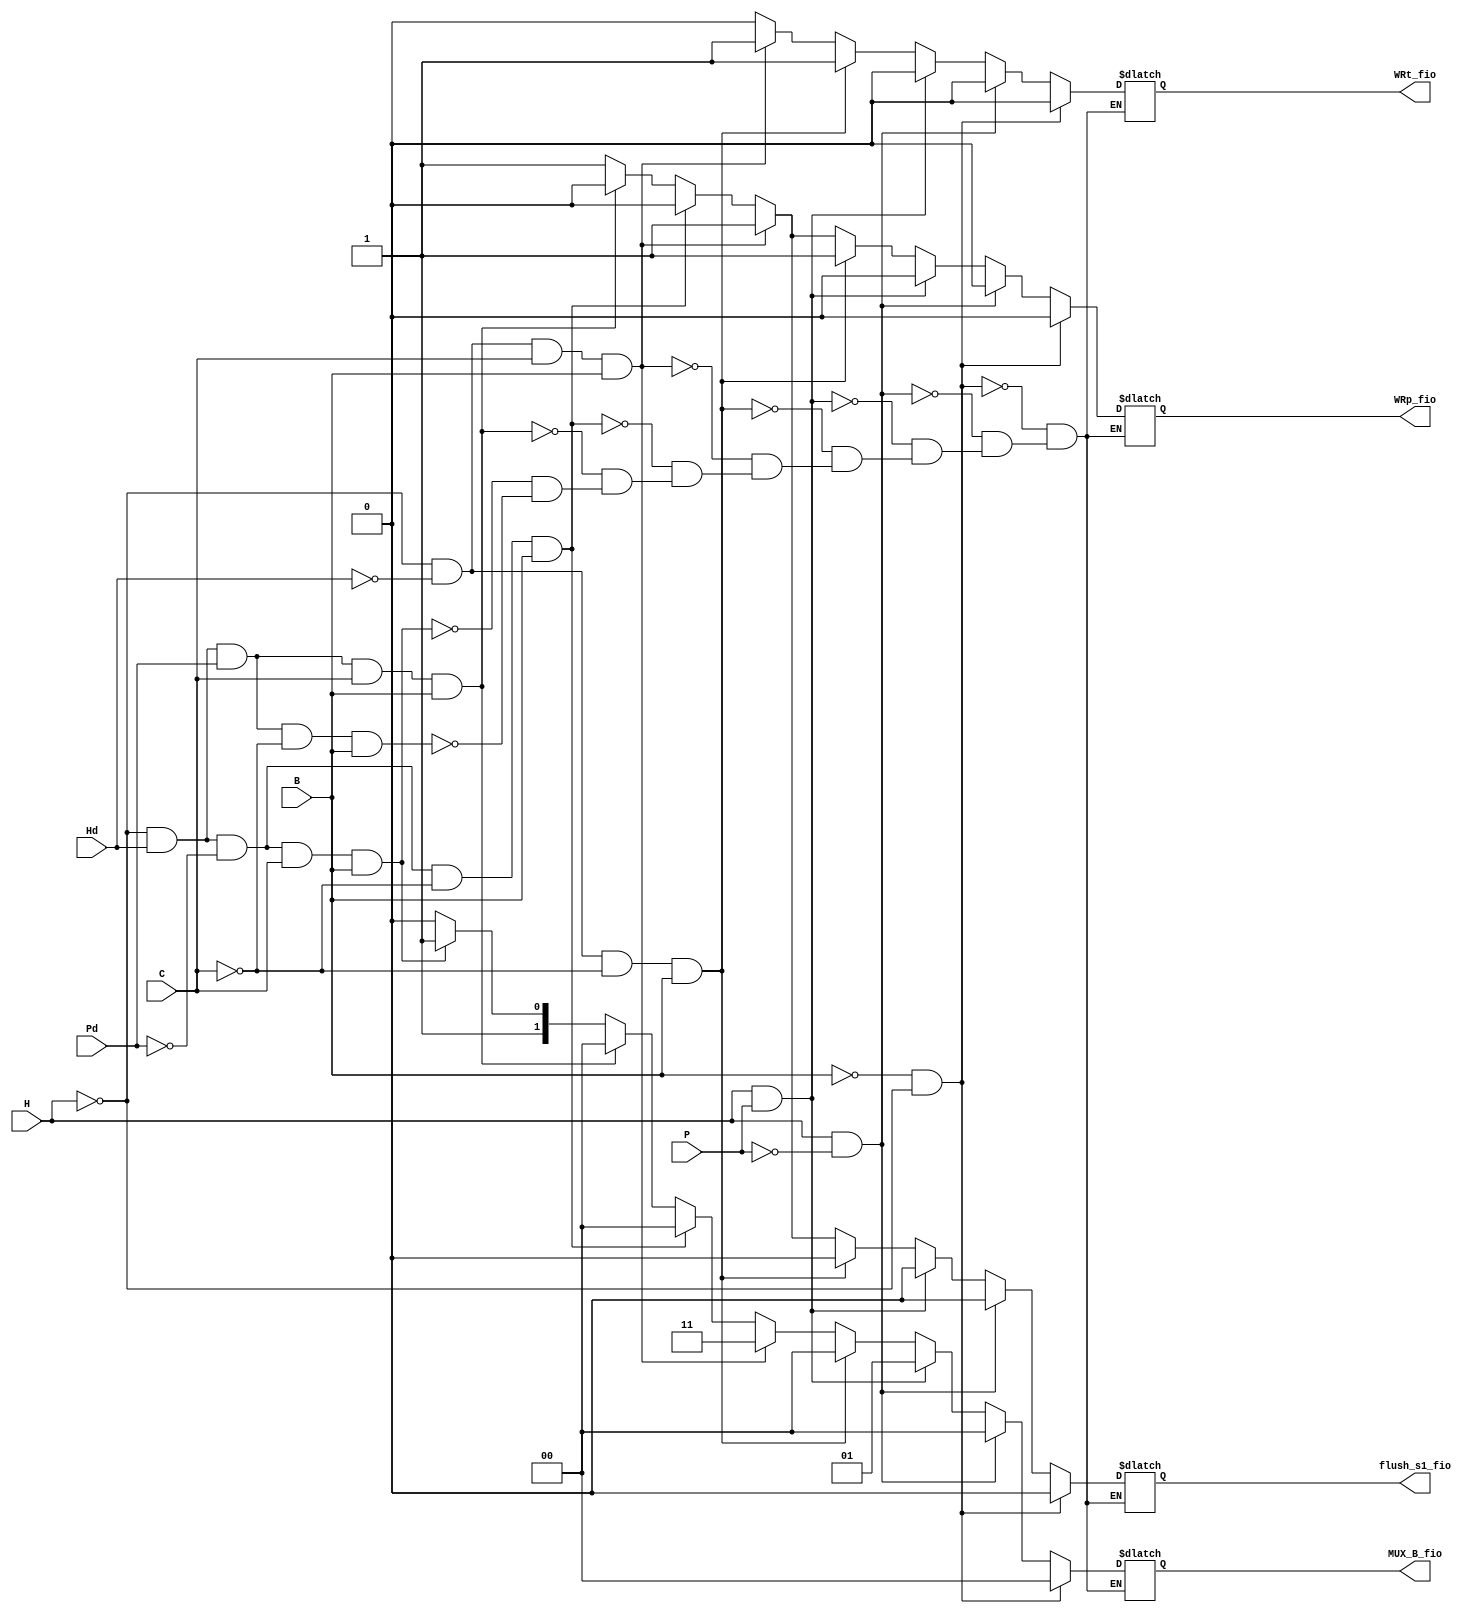
`ifndef _branch_unit
`define _branch_unit

module branch_unit(
    //input wire clk, //clock
    output wire WRt_fio, //manda a tabela atualizar a tag 
    output wire WRp_fio, //manda a tabela atualizar a predio
    input wire H, //h do fetch
    input wire P, //p do fetch
    input wire Hd, //h do decode
    input wire Pd, //p do decode
    input wire B, //se a instruo  um beq ou no
    input wire C, //comparador data1==data2(se o beq desvia ou no)
    output wire flush_s1_fio, //da flush na barreira s1 se precisar desfazer algo
    output wire [1:0] MUX_B_fio //mux que contra o fluxo do PC
);

reg flush_s1;
reg [1:0] MUX_B;
reg WRt;
reg WRp;

/* initial begin
    MUX_B <= 2'b00;
    flush_s1 <= 0;
    WRp = 0;
    WRt = 0;
end */
always @(*) 
begin
    
    if((B == 1'b0) && (H == 1'b0)) begin
        MUX_B <= 2'b0;
        WRp <= 1'b0;
        WRt <= 1'b0;
        flush_s1 <= 0;
    end else if ((H == 1'b1)&&(P == 1'b0)) begin
        MUX_B <= 2'b00;
        WRp <= 1'b0;
        WRt <= 1'b0;
        flush_s1 <= 0;
    end else if ((H == 1'b1)&&(P == 1'b1)) begin
        MUX_B <= 2'b01;
        WRp <= 1'b0;
        WRt <= 1'b0;
        flush_s1 <= 0;
    end else if ((H == 1'b0)&&(Hd == 1'b0)&&(C==1'b0)&&(B==1'b1)) begin
        MUX_B <= 2'b00;
        WRp <= 1'b1;
        WRt <= 1'b1;
        flush_s1 <= 0;
    end else if ((H == 1'b0)&&(Hd == 1'b0)&&(C==1'b1)&&(B==1'b1)) begin
        MUX_B <= 2'b11;
        WRp <= 1'b1;
        WRt <= 1'b1;
        flush_s1 <= 1;
    end  else if ((H == 1'b0)&&(Hd == 1'b1)&&(Pd == 1'd0)&&(C==1'b0)&&(B==1'b1)) begin
        MUX_B <= 2'b00;
        WRp <= 1'b0;
        WRt <= 1'b0;
        flush_s1 <= 0;
    end else if ((H == 1'b0)&&(Hd == 1'b1)&&(Pd == 1'd1)&&(C==1'b1)&&(B==1'b1)) begin
        MUX_B <= 2'b00;
        WRp <= 1'b0;
        WRt <= 1'b0;
        flush_s1 <= 0;
    end else if ((H == 1'b0)&&(Hd == 1'b1)&&(Pd == 1'd0)&&(C==1'b1)&&(B==1'b1)) begin
        MUX_B <= 2'b11;
        WRp <= 1'b1;
        WRt <= 1'b0;
        flush_s1 <= 1;
    end else if ((H == 1'b0)&&(Hd == 1'b1)&&(Pd == 1'd1)&&(C==1'b0)&&(B==1'b1)) begin
        MUX_B <= 2'b10;
        WRp <= 1'b1;
        WRt <= 1'b0;
        flush_s1 <= 1;
    end 
end
assign MUX_B_fio = MUX_B;
assign flush_s1_fio = flush_s1;
assign WRp_fio = WRp;
assign WRt_fio = WRt;
endmodule

`endif